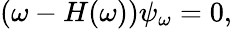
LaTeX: (\omega-H(\omega))\psi_{\omega}=0,